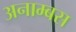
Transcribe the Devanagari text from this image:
अनाम्बस